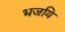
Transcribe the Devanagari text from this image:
भजयि